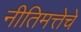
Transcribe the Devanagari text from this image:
नीतिमत्तेचे